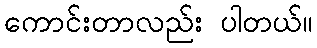
ကောင်းတာလည်း ပါတယ်။